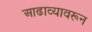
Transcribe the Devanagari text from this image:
आढाव्यावरून